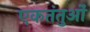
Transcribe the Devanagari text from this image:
एकतंतुओं